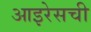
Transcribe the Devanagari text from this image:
आइरेसची